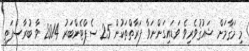
މި މަޤާމަށް ޝައުޤުވެރިވެ ވަޑައިގަންނަވާ ފަރާތްތަކުން 25 ސެޕްޓެންބަރު 2014 ވާ ބުރާސްފަތި